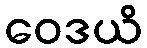
ဝေဒယိ